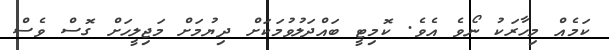
ކަމެއް މިހާރަކު ނޯވެ އެވެ. ކޮމިޓީ ބައްދަލުވުމަކަށް ދިޔުމަށް މަޖިލީހަށް ގޮސް ވެސް